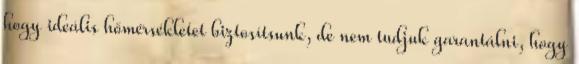
hogy ideális hőmérsékletet biztosítsunk, de nem tudjuk garantálni, hogy